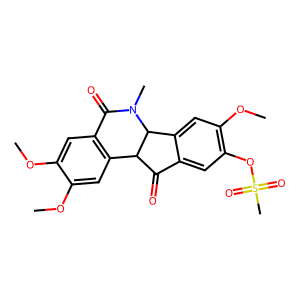
SMILES: COc1cc2c(cc1OC)C1C(=O)c3cc(OS(C)(=O)=O)c(OC)cc3C1N(C)C2=O
Inhibits HIV replication: No